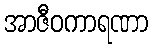
အာဇီဝကာရဏာ